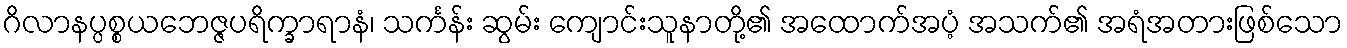
ဂိလာနပ္ပစ္စယဘေဇ္ဇပရိက္ခာရာနံ၊ သင်္ကန်း ဆွမ်း ကျောင်းသူနာတို့၏ အထောက်အပံ့ အသက်၏ အရံအတားဖြစ်သော